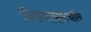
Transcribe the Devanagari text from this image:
लिखाणासंदर्भात